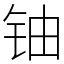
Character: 铀